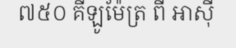
៧៥០ គីឡូម៉ែត្រ ពី អាស៊ី